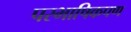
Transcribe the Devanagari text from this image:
परभाषिकपण